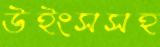
উইংসসহ